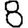
Digit: 8